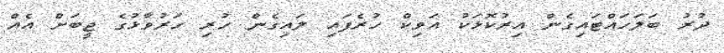
ދުރު ބަލަހައްޓައިގެން އިރުކޮޅަކު އަވިކް ހުރެފައި ލައިގެން ހުރި ހަރުވާޅުގެ ޖީބަށް އެއް